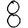
Digit: 8